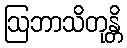
ဩဘာသိတုန္တိ